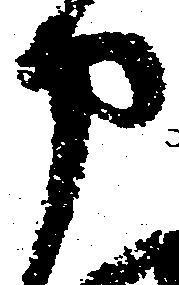
申